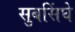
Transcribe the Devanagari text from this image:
सुबसिंघे